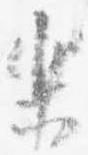
楽